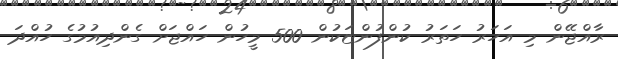
ރާއްޖޭން މި އަހަރު ހަތަރު ކުންފުންޏަކުން 500 މީހުން ހައްޖަށް ގެންދިއުމުގެ ހުއްދަ